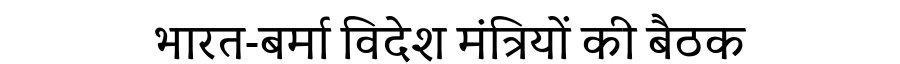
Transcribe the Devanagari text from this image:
भारत-बर्मा विदेश मंत्रियों की बैठक